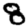
Digit: 8